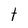
Character: t